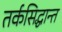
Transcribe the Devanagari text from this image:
तर्कसिद्धान्त